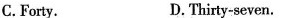
C.Forty. D.Thity-seven.